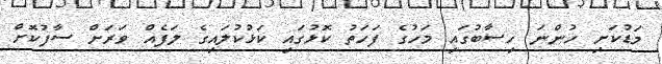
މަޑުކަށި ހުންނަ ހިސާބުގައި މަހުގެ ފަހަތު ކޮޅުގައި ކަޅުކުލައިގެ ލަފެއް ވަރަށް ސާފުކޮށް